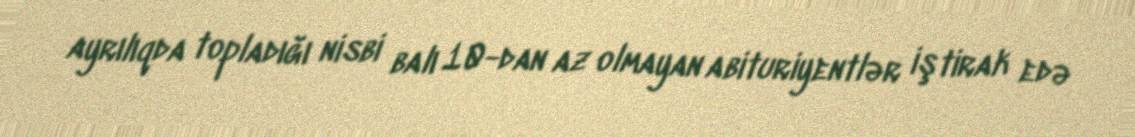
ayrılıqda topladığı nisbi balı 10-dan az olmayan abituriyentlər iştirak edə